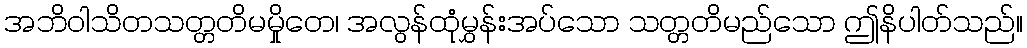
အဘိဝါသိတသတ္တတိမမှိုတေ၊ အလွန်ထုံမွှန်းအပ်သော သတ္တတိမည်သော ဤနိပါတ်သည်။